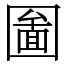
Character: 圗